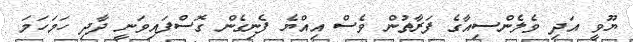
ޔޫވީ އަދި ވެލެންސިއާގެ ފަރާތުން ވެސް އިއްޔެ ފެނިގެން ގޮސްފައިވަނީ ދާދި ހަމަހަމަ